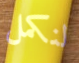
لنكمل